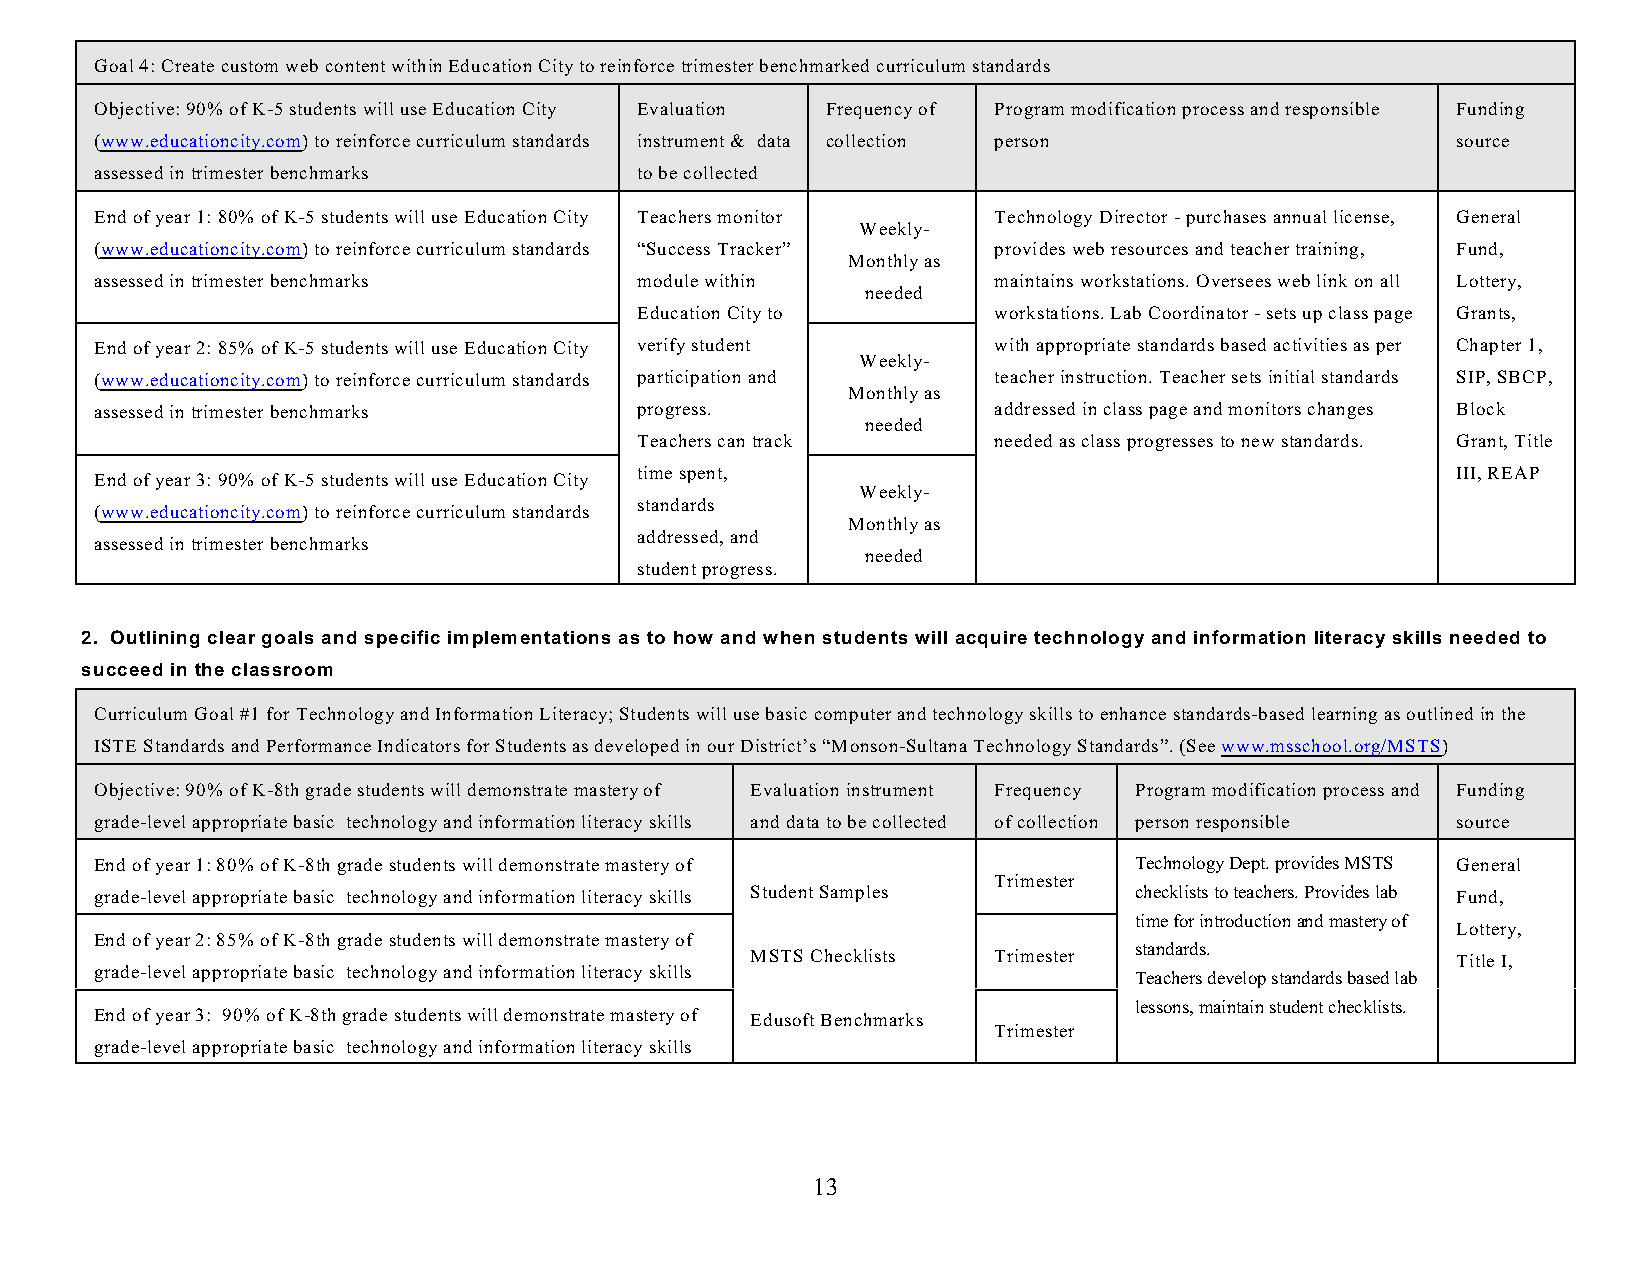
Goal 4: Create custom web content within Education City to reinforce trimester benchmarked curriculum standards
 Objective: 90% of K-5 students will use Education City Evaluation Frequency of Program modification process and responsible Funding
 (www.educationcity.com) to reinforce curriculum standards instrument & data collection person source
 assessed in trimester benchmarks    to be collected
 End of year 1: 80% of K-5 students will use Education City Teachers monitor Technology Director - purchases annual license, General
 Weekly-
 (www.educationcity.com) to reinforce curriculum standards “Success Tracker” provides web resources and teacher training, Fund,
 Monthly as
 assessed in trimester benchmarks    module within           maintains workstations. Oversees web link on all Lottery,
 needed
 Education City to       workstations. Lab Coordinator - sets up class page Grants,
 End of year 2: 85% of K-5 students will use Education City verify student with appropriate standards based activities as per Chapter 1,
 Weekly-
 (www.educationcity.com) to reinforce curriculum standards participation and teacher instruction. Teacher sets initial standards SIP, SBCP,
 Monthly as
 assessed in trimester benchmarks    progress.               addressed in class page and monitors changes Block
 needed
 Teachers can track      needed as class progresses to new standards. Grant, Title
 time spent,                                           III, REAP
 End of year 3: 90% of K-5 students will use Education City
 Weekly-
 standards
 (www.educationcity.com) to reinforce curriculum standards
 Monthly as
 addressed, and
 assessed in trimester benchmarks
 needed
 student progress.
 2. Outlining clear goals and specific implementations as to how and when students will acquire technology and information literacy skills needed to
 succeed in the classroom
 Curriculum Goal #1 for Technology and Information Literacy; Students will use basic computer and technology skills to enhance standards-based learning as outlined in the
 ISTE Standards and Performance Indicators for Students as developed in our District’s “Monson-Sultana Technology Standards”. (See www.msschool.org/MSTS)
 Objective: 90% of K-8th grade students will demonstrate mastery of Evaluation instrument Frequency Program modification process and Funding
 grade-level appropriate basic technology and information literacy skills and data to be collected of collection person responsible source
 End of year 1: 80% of K-8th grade students will demonstrate mastery of Technology Dept. provides MSTS General
 Trimester
 grade-level appropriate basic technology and information literacy skills Student Samples checklists to teachers. Provides lab Fund,
 time for introduction and mastery of
 Lottery,
 End of year 2: 85% of K-8th grade students will demonstrate mastery of
 standards.
 MSTS Checklists Trimester                     Title I,
 grade-level appropriate basic technology and information literacy skills
 Teachers develop standards based lab
 lessons, maintain student checklists.
 End of year 3: 90% of K-8th grade students will demonstrate mastery of Edusoft Benchmarks
 Trimester
 grade-level appropriate basic technology and information literacy skills
 13